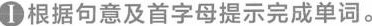
Ⅰ根据句意及首字母提示完成单词。